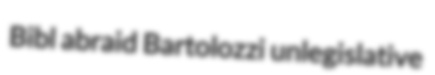
Bibl abraid Bartolozzi unlegislative